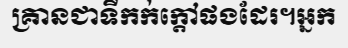
គ្រានជាទីកក់ក្តៅផងដែរ។អ្នក